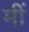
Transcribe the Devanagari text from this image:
मीं